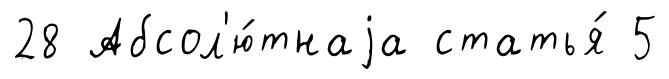
28 Абсол'ю́тнаjа статья́ 5